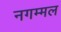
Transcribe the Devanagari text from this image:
नगम्मल